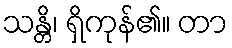
သန္တိ၊ ရှိကုန်၏။ တာ